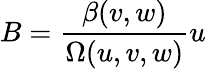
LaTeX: B=\frac{\beta(v,w)}{\Omega(u,v,w)}u